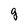
Character: g